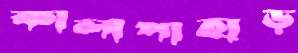
কালাপাহাড়